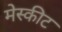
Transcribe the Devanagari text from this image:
मेस्कीट